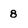
Character: 8